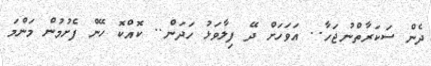
ދެން ސަކަރާތްނުޖަހާ.. އަވަހަށް ދޭ ފިލާވަޅު ހަދަން.. ކޮއްކޮ ހޭން ފެށުމުން މަންމަ